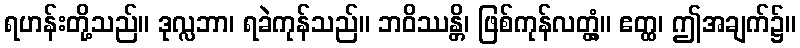
ရဟန်းတို့သည်။ ဒုလ္လဘာ၊ ရခဲကုန်သည်။ ဘဝိဿန္တိ၊ ဖြစ်ကုန်လတ္တံ့။ ဧတ္ထ၊ ဤအချက်၌။